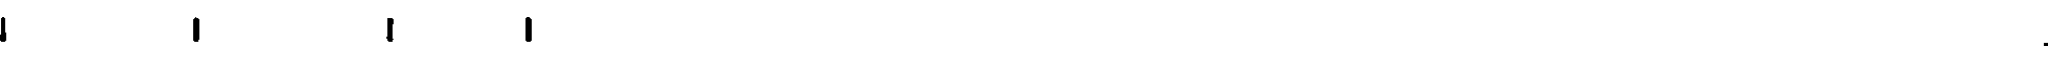
.